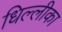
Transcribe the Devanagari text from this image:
धिल्लीका